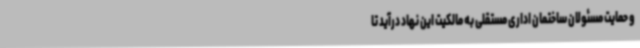
و حمایت مسئولان ساختمان اداری مستقلی به مالکیت این نهاد درآید تا